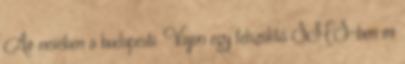
Air nevében a budapesti. Vajon egy felszólító SMS-ben mi